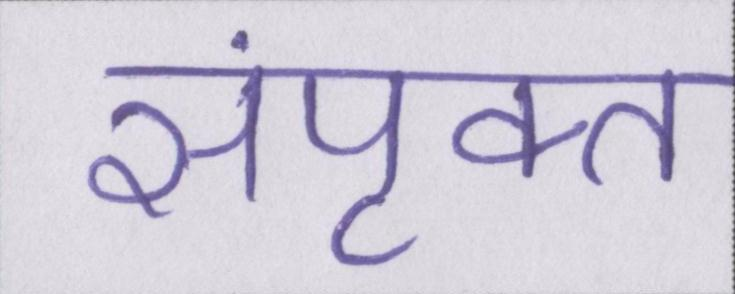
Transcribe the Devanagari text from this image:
संपृक्त